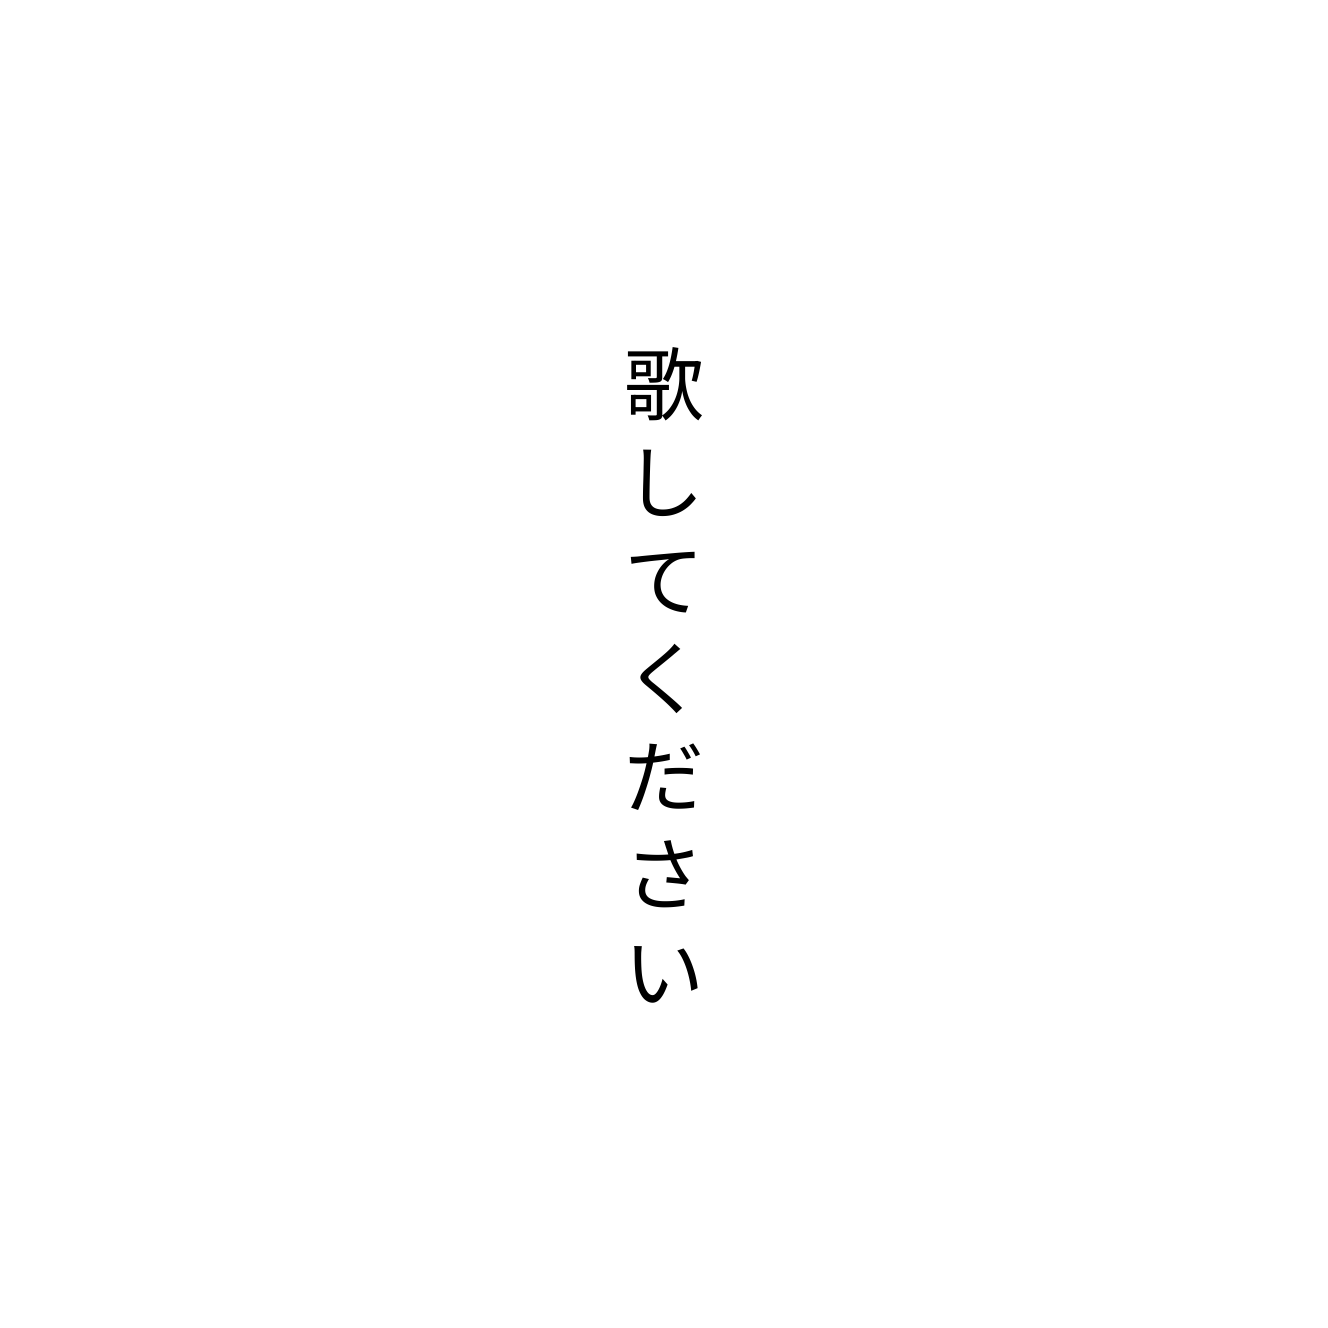
歌してください